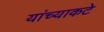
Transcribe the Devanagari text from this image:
यांच्याकटे